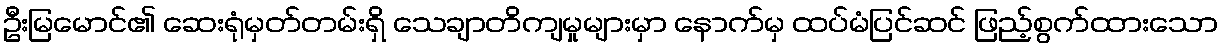
ဦးမြမောင်၏ ဆေးရုံမှတ်တမ်းရှိ သေချာတိကျမှုများမှာ နောက်မှ ထပ်မံပြင်ဆင် ဖြည့်စွက်ထားသော